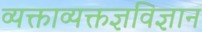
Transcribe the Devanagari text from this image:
व्यक्ताव्यक्तज्ञविज्ञान